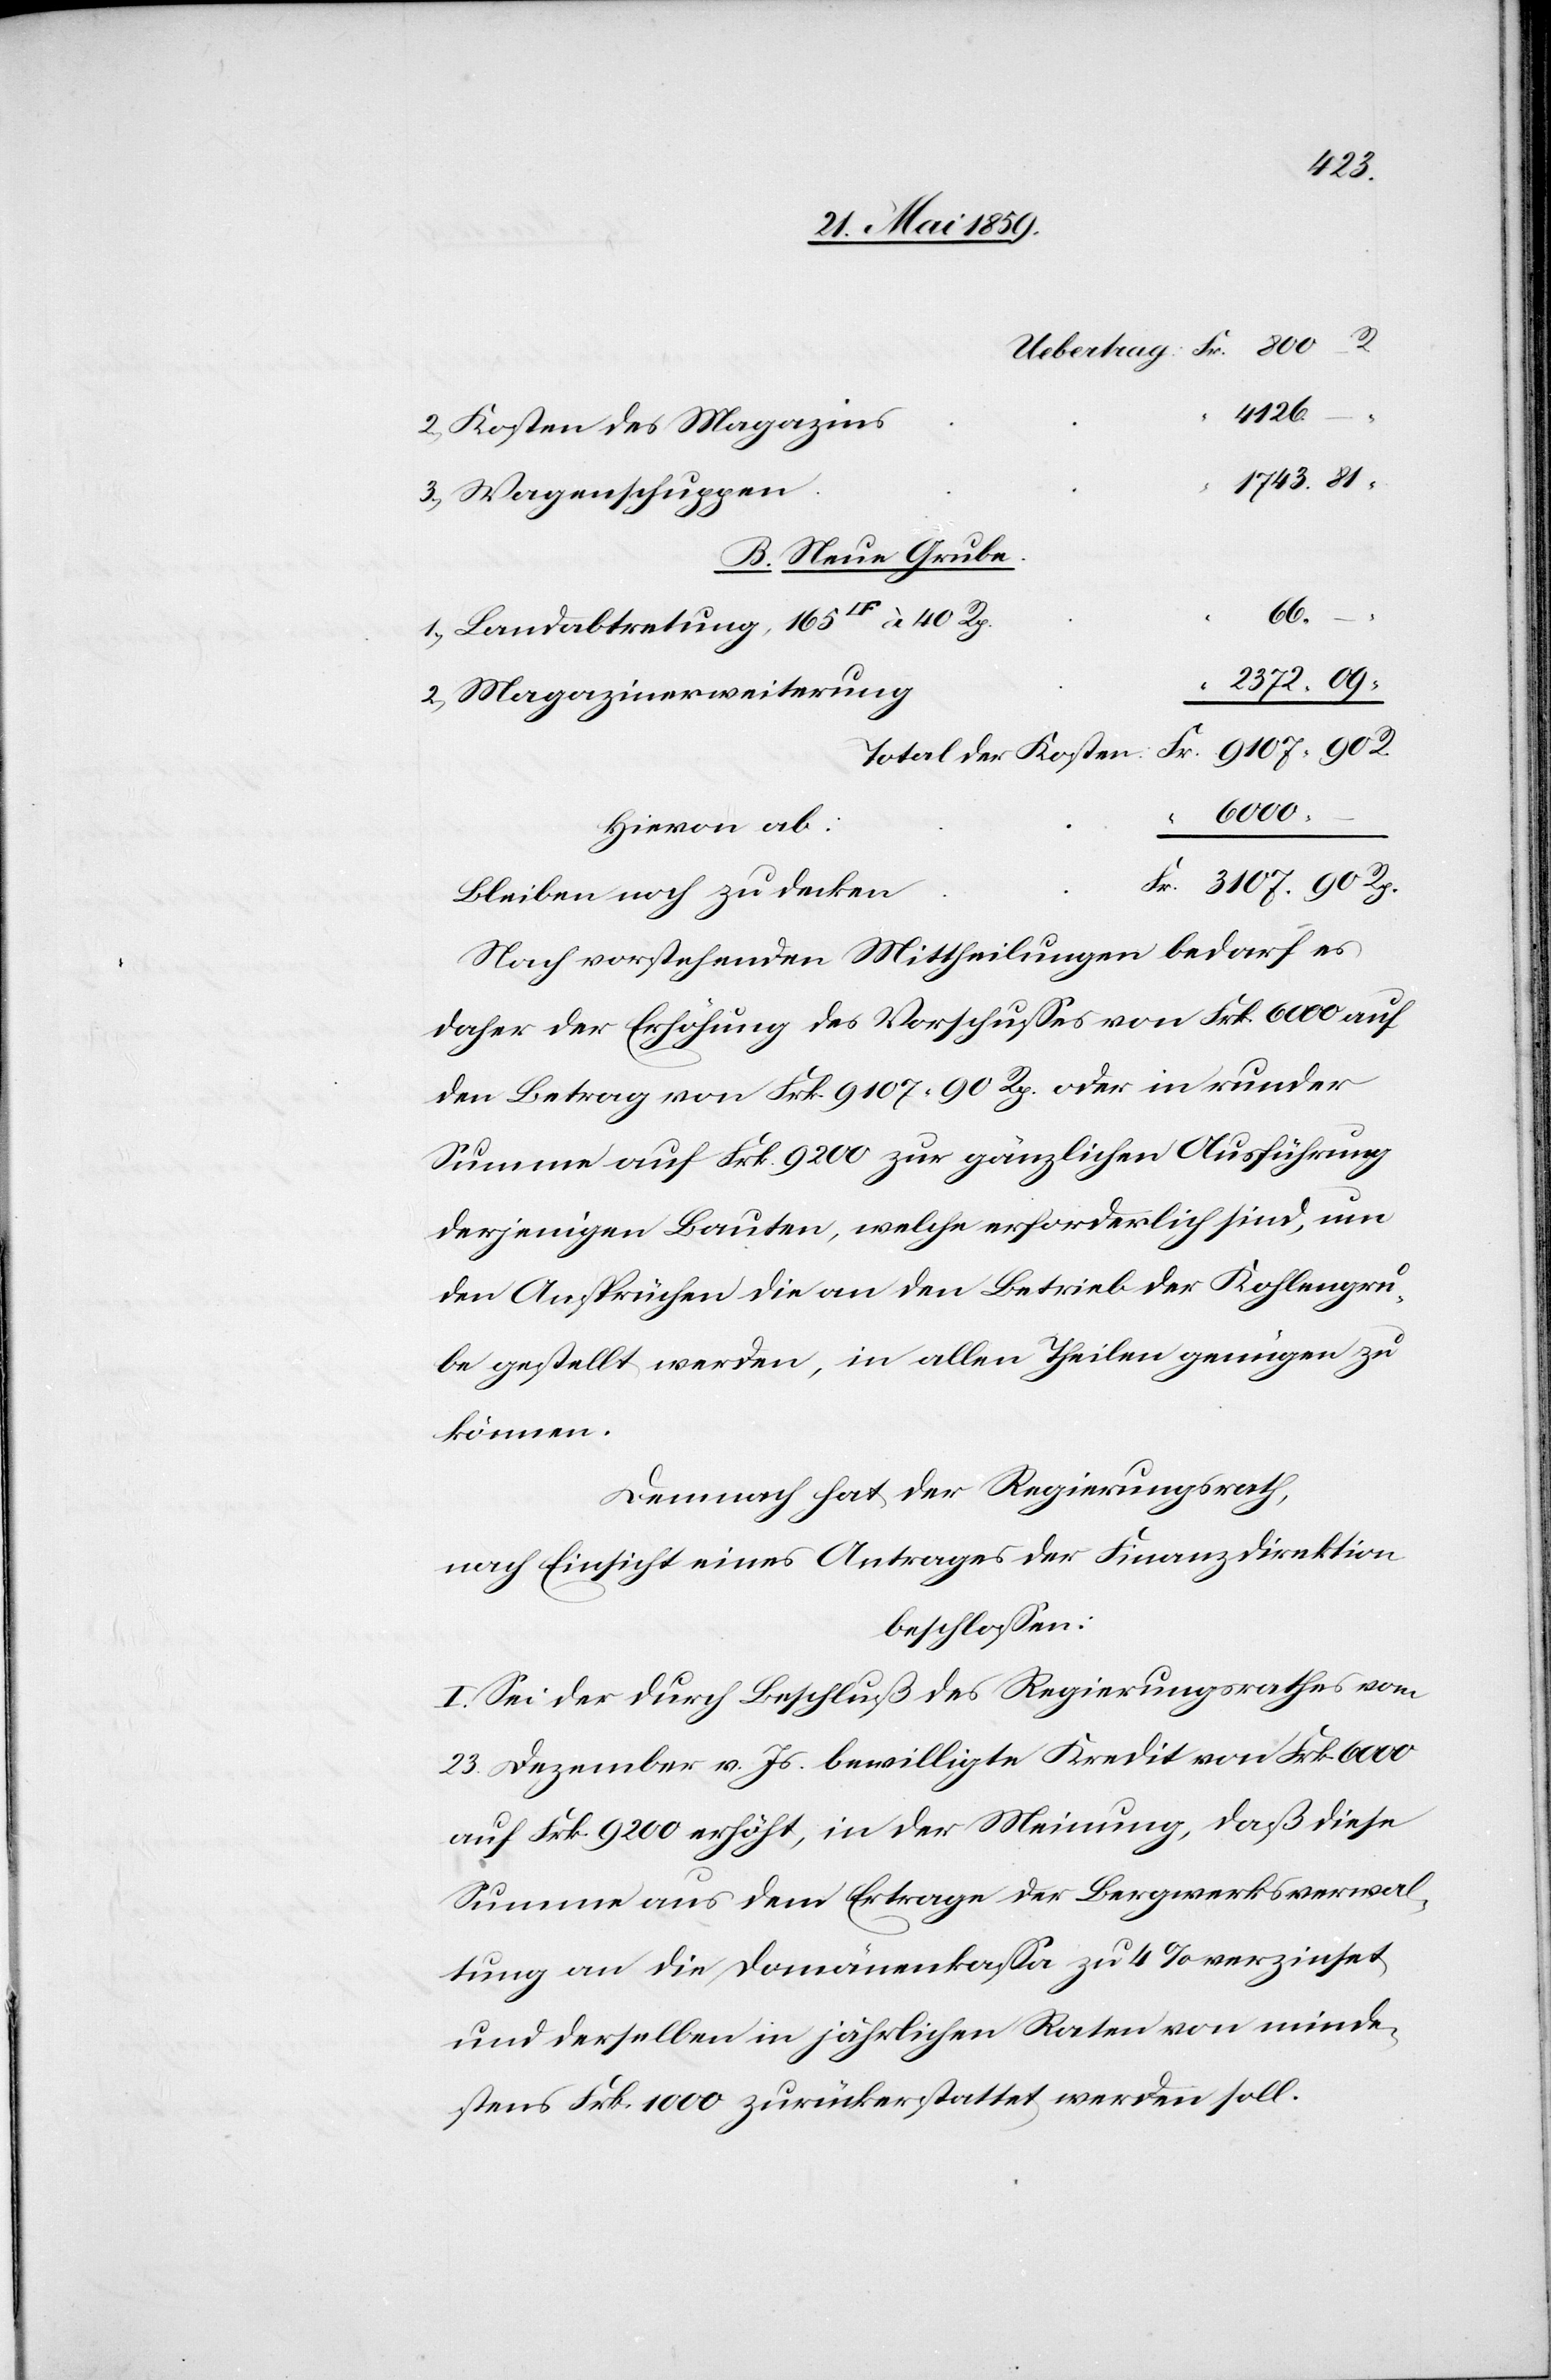
40
4126.
Kosten des Magazins
Wagenschuppen
B. Neue Grube.
Fr.
R.
2372. 09
Magazinerweiterung
3107. 90
Total der Kosten:
6000.
Hiervon ab:
Bleiben noch zu decken
Nach vorstehenden Mittheilungen bedarf es
daher der Erhöhung des Vorschusses von Frk. 6000 auf
den Betrag von Frk. 9107.90 Rp. oder in runder
Summe auf Frk. 9200 zur gänzlichen Ausführung
derjenigen Bauten, welche erforderlich sind, um
den Ansprüchen die an den Betrieb der Kohlengru¬
be gestellt werden, in allen Theilen genügen zu
können.
Demnach hat der Regierungsrath,
nach Einsicht eines Antrages der Finanzdirektion
beschlossen:
I. Sei der durch Beschluß des Regierungsrathes vom
23. Dezember v. Js. bewilligte Kredit von Frk. 6000
auf Frk. 9200 erhöht, in der Meinung, daß diese
Summe aus dem Ertrage der Bergwerksverwal¬
tung an die Domänenkasse zu 4% verzinset
und derselben in jährlichen Resten von minde¬
stens Frk. 1000 zurückerstattet werden soll.